Lunatic asylums Punjab 1895-1910 - 1895-1910
Year: 1895
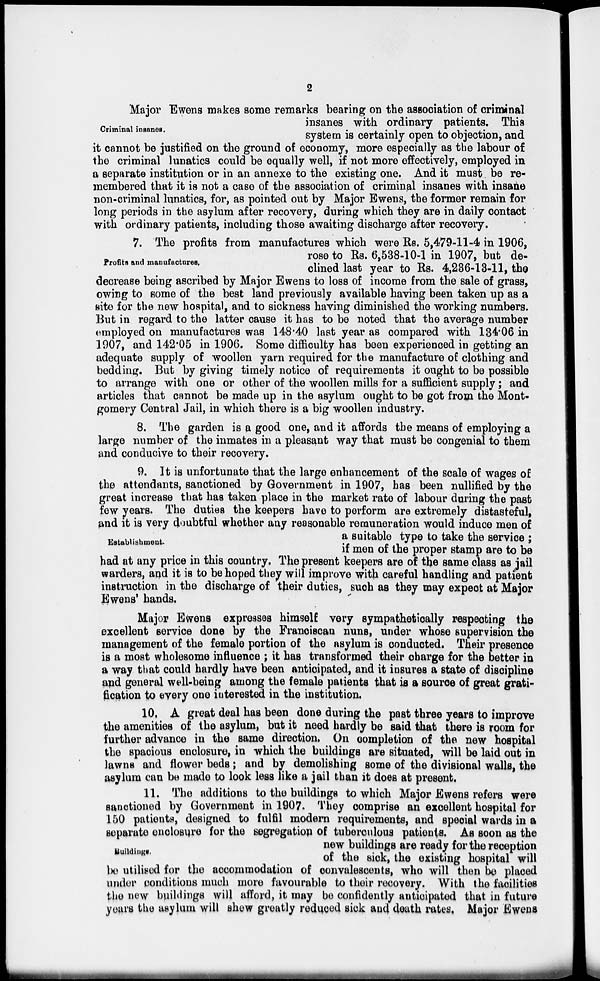
2
Criminal insanes.
Major Ewens makes some remarks bearing on the association of criminal
insanes with ordinary patients. This
system is certainly open to objection, and
it cannot be justified on the ground of economy, more especially as the labour of
the criminal lunatics could be equally well, if not more effectively, employed in
a separate institution or in an annexe to the existing one. And it must be re-
membered that it is not a case of the association of criminal insanes with insane
non-criminal lunatics, for, as pointed out by Major Ewens, the former remain for
long periods in the asylum after recovery, during which they are in daily contact
with ordinary patients, including those awaiting discharge after recovery.
Profits and manufactures.
7. The profits from manufactures which were Rs. 5,479-11-4 in 1906,
rose to Rs. 6,538-10-1 in 1907, but de-
clined last year to Rs. 4,286-13-11, the
decrease being ascribed by Major Ewens to loss of income from the sale of grass,
owing to some of the best land previously available having been taken up as a
site for the new hospital, and to sickness having diminished the working numbers.
But in regard to the latter cause it has to be noted that the average number
employed on manufactures was 148.40 last year as compared with 134.06 in
1907, and 142.05 in 1906. Some difficulty has been experienced in getting an
adequate supply of woollen yarn required for the manufacture of clothing and
bedding. But by giving timely notice of requirements it ought to be possible
to arrange with one or other of the woollen mills for a sufficient supply ; and
articles that cannot be made up in the asylum ought to be got from the Mont-
gomery Central Jail, in which there is a big woollen industry.
8. The garden is a good one, and it affords the means of employing a
large number of the inmates in a pleasant way that must be congenial to them
and conducive to their recovery.
Establishment.
9. It is unfortunate that the large enhancement of the scale of wages of
the attendants, sanctioned by Government in 1907, has been nullified by the
great increase that has taken place in the market rate of labour during the past
few years. The duties the keepers have to perform are extremely distasteful,
and it is very doubtful whether any reasonable remuneration would induce men of
a suitable type to take the service ;
if men of the proper stamp are to be
had at any price in this country. The present keepers are of the same class as jail
warders, and it is to be hoped they will improve with careful handling and patient
instruction in the discharge of their duties, such as they may expect at Major
Ewens' hands.
Major Ewens expresses himself very sympathetically respecting the
excellent service done by the Franciscan nuns, under whose supervision the
management of the female portion of the asylum is conducted. Their presence
is a most wholesome influence ; it has transformed their charge for the better in
a way that could hardly have been anticipated, and it insures a state of discipline
and general well-being among the female patients that is a source of great grati-
fication to every one interested in the institution.
10. A great deal has been done during the past three years to improve
the amenities of the asylum, but it need hardly be said that there is room for
further advance in the same direction. On completion of the new hospital
the spacious enclosure, in which the buildings are situated, will be laid out in
lawns and flower beds ; and by demolishing some of the divisional walls, the
asylum can be made to look less like a jail than it does at present.
Buildings.
11. The additions to the buildings to which Major Ewens refers were
sanctioned by Government in 1907. They comprise an excellent hospital for
150 patients, designed to fulfil modern requirements, and special wards in a
separate enclosure for the segregation of tuberculous patients. As soon as the
new buildings are ready for the reception
of the sick, the existing hospital will
be utilised for the accommodation of convalescents, who will then be placed
under conditions much more favourable to their recovery. With the facilities
the new buildings will afford, it may be confidently anticipated that in future
years the asylum will shew greatly reduced sick and death rates, Major Ewens